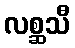
လစ္ဆသီ